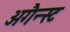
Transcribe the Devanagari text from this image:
अगैन्स्ट